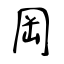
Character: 岡